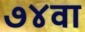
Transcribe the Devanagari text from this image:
७४वा